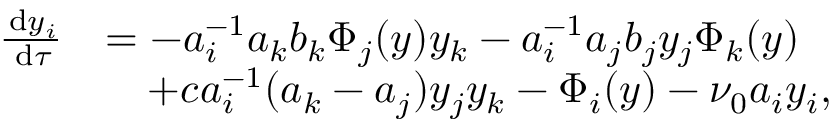
\begin{array} { r l } { \frac { \, \mathrm { d } y _ { i } } { \, \mathrm { d } \tau } } & { = - a _ { i } ^ { - 1 } a _ { k } b _ { k } \Phi _ { j } ( \boldsymbol { y } ) y _ { k } - a _ { i } ^ { - 1 } a _ { j } b _ { j } y _ { j } \Phi _ { k } ( \boldsymbol { y } ) } \\ & { \quad + c a _ { i } ^ { - 1 } ( a _ { k } - a _ { j } ) y _ { j } y _ { k } - \Phi _ { i } ( \boldsymbol { y } ) - \nu _ { 0 } a _ { i } y _ { i } , } \end{array}